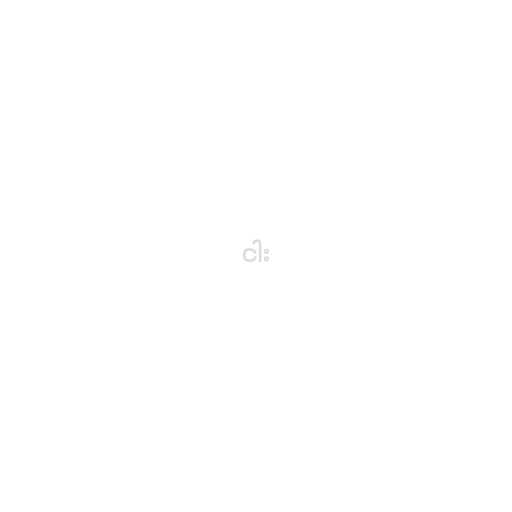
ငါး